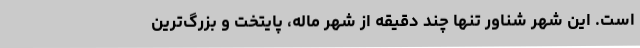
است. این شهر شناور تنها چند دقیقه از شهر ماله، پایتخت و بزرگ‌ترین